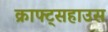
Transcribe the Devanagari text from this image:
क्राफ्ट्सहाउस